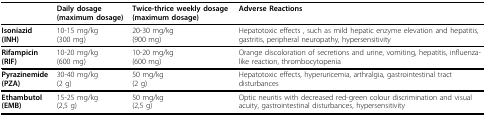
|  | Daily dosage (maximum dosage) | Twice-thrice weekly dosage (maximum dosage) | Adverse Reactions |
 | --- | --- | --- | --- |
 | Isoniazid (INH) | 10-15 mg/kg(300 mg) | 20-30 mg/kg(900 mg) | Hepatotoxic effects , such as mild hepatic enzyme elevation and hepatitis, gastritis, peripheral neuropathy, hypersensitivity |
 | Rifampicin (RIF) | 10-20 mg/kg(600 mg) | 10-20 mg/kg(600 mg) | Orange discoloration of secretions and urine, vomiting, hepatitis, influenza-like reaction, thrombocytopenia |
 | Pyrazinemide (PZA) | 30-40 mg/kg(2 g) | 50 mg/kg(2 g) | Hepatotoxic effects, hyperuricemia, arthralgia, gastrointestinal tract disturbances |
 | Ethambutol (EMB) | 15-25 mg/kg(2,5 g) | 50 mg/kg(2,5 g) | Optic neuritis with decreased red-green colour discrimination and visual acuity, gastrointestinal disturbances, hypersensitivity |